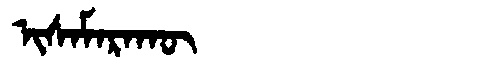
Manchu: ᡳᠰᠠᠮᠠᡵᠠᡴᡡ
Romanization: ISAMARAKŪ